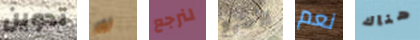
تدوين بومر لنرجع الأصبع نعم هناك